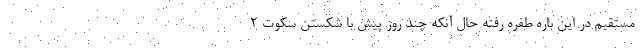
مستقیم در این باره طفره رفته حال آنکه چند روز پیش با شکستن سکوت ۲